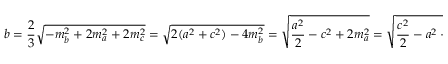
b = { \frac { 2 } { 3 } } { \sqrt { - m _ { b } ^ { 2 } + 2 m _ { a } ^ { 2 } + 2 m _ { c } ^ { 2 } } } = { \sqrt { 2 ( a ^ { 2 } + c ^ { 2 } ) - 4 m _ { b } ^ { 2 } } } = { \sqrt { { \frac { a ^ { 2 } } { 2 } } - c ^ { 2 } + 2 m _ { a } ^ { 2 } } } = { \sqrt { { \frac { c ^ { 2 } } { 2 } } - a ^ { 2 } + 2 m _ { c } ^ { 2 } } } ,